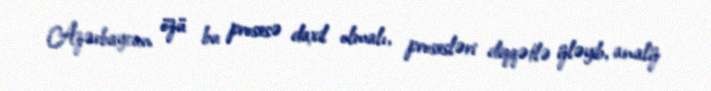
Azərbaycan özü bu prosesə daxil olmalı, prosesləri diqqətlə izləyib, analiz